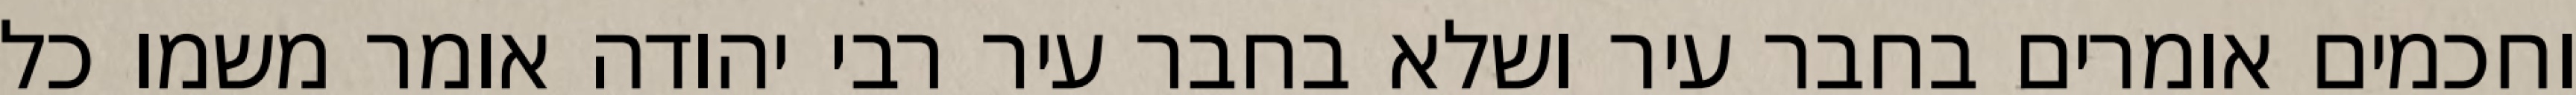
וחכמים אומרים בחבר עיר ושלא בחבר עיר רבי יהודה אומר משמו כל